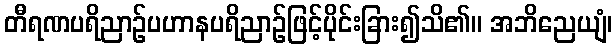
တီရဏပရိညာဉ်ပဟာနပရိညာဉ်ဖြင့်ပိုင်းခြား၍သိ၏။ အဘိညေယျံ၊